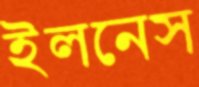
ইলনেস